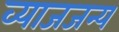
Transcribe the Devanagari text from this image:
व्याजजन्य